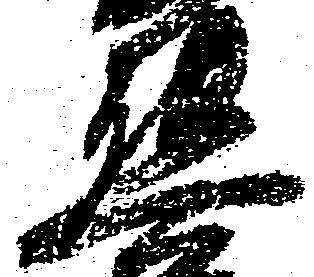
熊